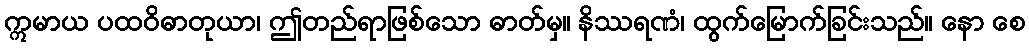
ဣမာယ ပထဝိဓာတုယာ၊ ဤတည်ရာဖြစ်သော ဓာတ်မှ။ နိဿရဏံ၊ ထွက်မြောက်ခြင်းသည်။ နော စေ